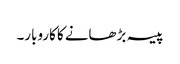
پیسہ بڑھانے کا کاروبار۔